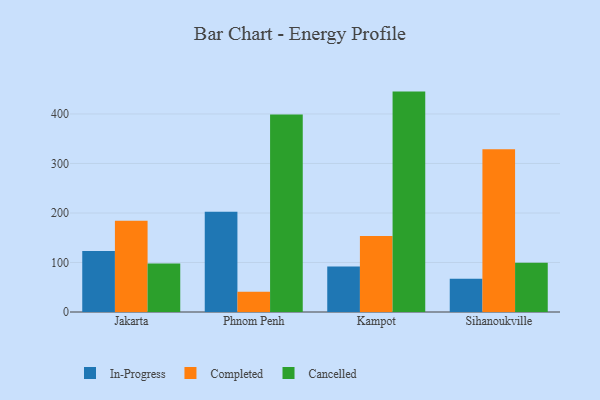
{"axis": {"x": "City", "y": "Tickets Resolved"}, "legend": ["Cancelled", "Completed", "In-Progress"], "data": [{"x": "Jakarta", "y": 123.2, "type": "In-Progress"}, {"x": "Jakarta", "y": 184.4, "type": "Completed"}, {"x": "Jakarta", "y": 98.0, "type": "Cancelled"}, {"x": "Phnom Penh", "y": 202.5, "type": "In-Progress"}, {"x": "Phnom Penh", "y": 40.8, "type": "Completed"}, {"x": "Phnom Penh", "y": 398.8, "type": "Cancelled"}, {"x": "Kampot", "y": 91.7, "type": "In-Progress"}, {"x": "Kampot", "y": 153.5, "type": "Completed"}, {"x": "Kampot", "y": 445.2, "type": "Cancelled"}, {"x": "Sihanoukville", "y": 67.3, "type": "In-Progress"}, {"x": "Sihanoukville", "y": 328.9, "type": "Completed"}, {"x": "Sihanoukville", "y": 99.6, "type": "Cancelled"}]}